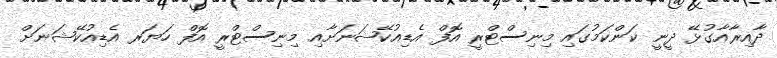
ދާއިރާއާގުޅޭ ދީނީ ކަންކަމުގައި މިނިސްޓްރީ އޮފް އެޑިއުކޭޝަނަށާއި މިނިސްޓްރީ އޮފް ހަޔަރ އެޑިއުކޭޝަނަށް